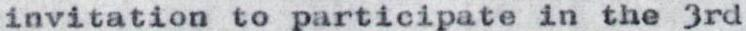
invitation to participate in the 3rd